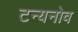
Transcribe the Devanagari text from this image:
टन्यनोव